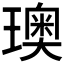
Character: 𪼣